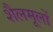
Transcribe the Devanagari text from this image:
शैलमूलों